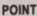
POINT